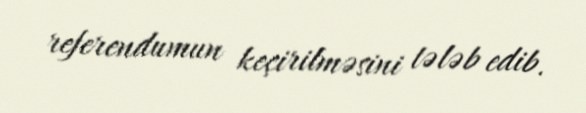
referendumun keçirilməsini tələb edib.